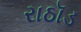
રાઠૉડ